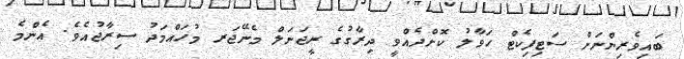
ބައިވެރިންނަށް ސަޓިފިކެޓް ހަވާލު ކޮށްދެއްވީ ދިރާގުގެ ރީޖަނަލް މެނޭޖަރ މުހައްމަދު ސިރާޖުއެވެ. އެންމެ